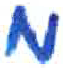
אות: מ